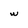
Character: w